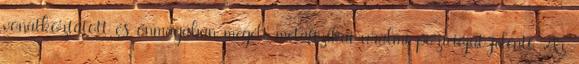
vonatkoztatott és önmagában megélt metafizikai uralmi pozícióját jelenti. Az